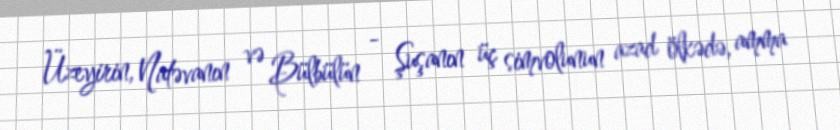
Üzeyirin, Natəvanın və Bülbülün - Şuşanın üç simvolunun azad ölkədə, amma